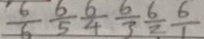
\frac { 6 } { 6 } \frac { 6 } { 5 } \frac { 6 } { 4 } \frac { 6 } { 3 } \frac { 6 } { 2 } \frac { 6 } { 1 }